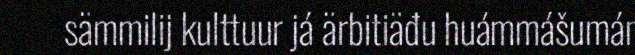
sämmilij kulttuur já ärbitiäđu huámmášumán